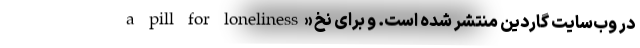
a pill for loneliness» در وب‌سایت گاردین منتشر شده است. و برای نخ